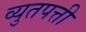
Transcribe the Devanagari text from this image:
व्युतपत्ती